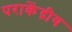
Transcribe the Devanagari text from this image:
पराकेंद्रीय